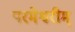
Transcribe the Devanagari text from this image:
परमेश्वरीम्